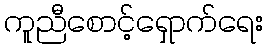
ကူညီစောင့်ရှောက်ရေး